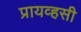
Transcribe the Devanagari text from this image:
प्रायव्हसी